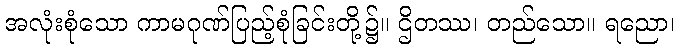
အလုံးစုံသော ကာမဂုဏ်ပြည့်စုံခြင်းတို့၌။ ဌိတဿ၊ တည်သော။ ရညော၊